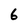
Character: 6